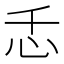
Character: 忎